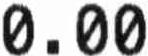
0.00